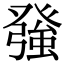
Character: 𭽅